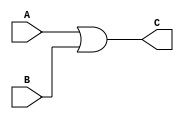
module Or(input [31:0] A, input [31:0] B,output [31:0] C);
    assign C = A | B;
endmodule